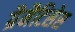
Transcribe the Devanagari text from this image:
ग्रैमैटिसेस